Civil Veterinary Department. United Provinces 1923-31 - 1923-1931
Year: 1923
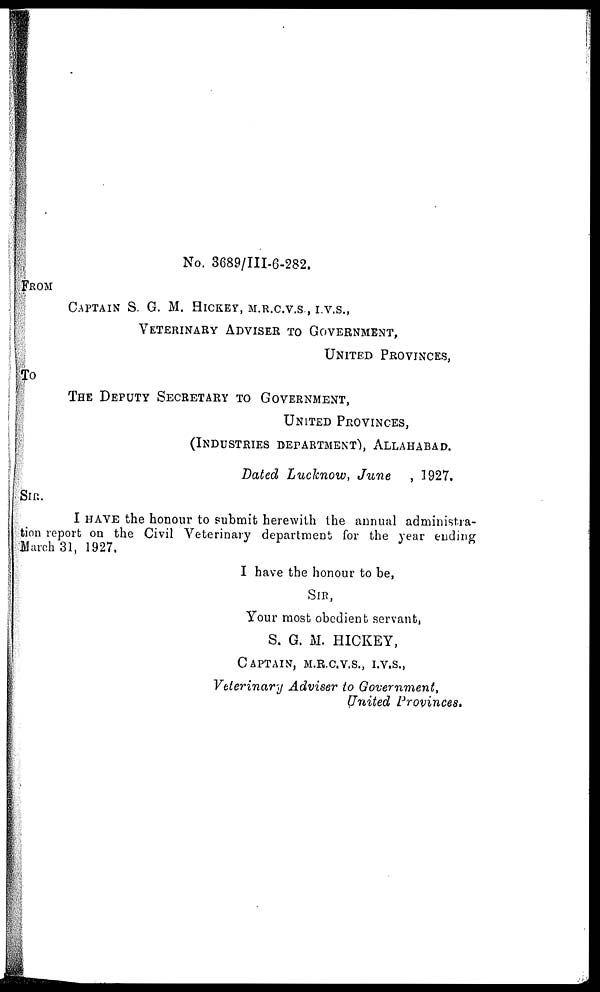
No. 3689/III-6-282.
FROM
CAPTAIN S. G. M. HICKEY, M.R.C.V.S., I.V.S.,
VETERINARY ADVISER TO GOVERNMENT,
UNITED PROVINCES,
To
THE DEPUTY SECRETARY TO GOVERNMENT,
UNITED PROVINCES,
(INDUSTRIES DEPARTMENT), ALLAHABAD.
Dated Lucknow, June
, 1927.
SIR.
I HAVE the honour to submit herewith the annual administra-
tion report on the Civil Veterinary department for the year ending
March 31, 1927,
I have the honour to be,
SIR,
Your most obedient servant,
S. G. M. HICKEY,
CAPTAIN, M.R.C.V.S., I.V.S.,
Veterinary Adviser to Government,
United Provinces.